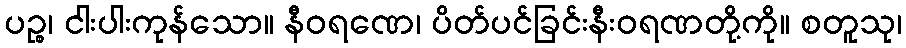
ပဉ္စ၊ ငါးပါးကုန်သော။ နီဝရဏေ၊ ပိတ်ပင်ခြင်းနီးဝရဏတို့ကို။ စတူသု၊